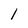
Character: 1